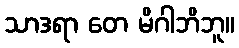
သာဒရာ တေ မိဂါဘိဘူ။